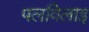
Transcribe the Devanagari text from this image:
पलविलाइ